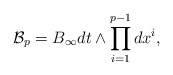
\begin{align*}{\mathcal B}_{p} = B_{\infty} dt \wedge \prod_{i=1}^{p-1} dx^{i},\end{align*}